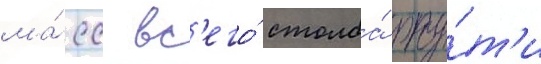
ма́сс вс'его́ столба́ рту́т'и